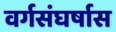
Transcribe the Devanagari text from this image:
वर्गसंघर्षास